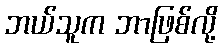
ဘယ်သူက ဘာဖြစ်လို့